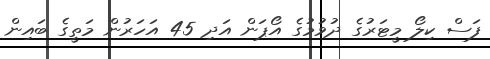
ފަސް ކިލޯ މީޓަރުގެ ދުވުމުގެ އޯޕަން އަދި 45 އަހަރުން މަތީގެ ބައިން